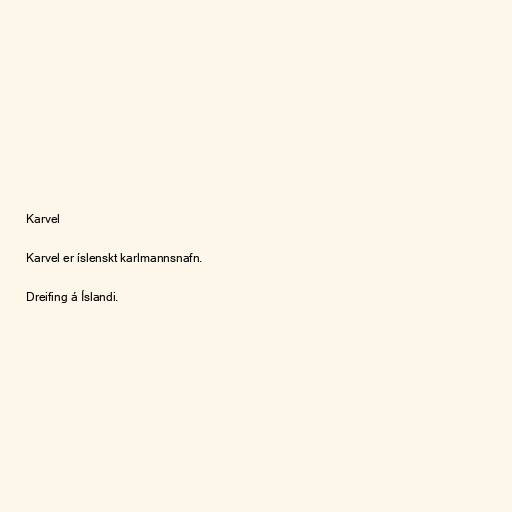
Karvel

Karvel er íslenskt karlmannsnafn.

Dreifing á Íslandi.